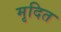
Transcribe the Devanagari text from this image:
मृदित